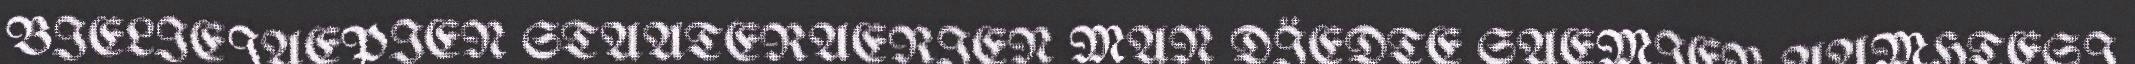
BIELIEJAEPIEN STAATERAERIEN MAN DÏEDTE SAEMIEN AAMHTESI